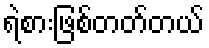
ရဲစားဖြစ်တတ်တယ်